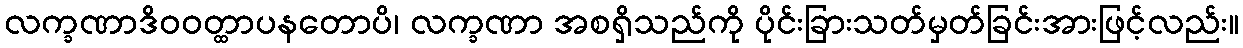
လက္ခဏာဒိဝဝတ္ထာပနတောပိ၊ လက္ခဏာ အစရှိသည်ကို ပိုင်းခြားသတ်မှတ်ခြင်းအားဖြင့်လည်း။